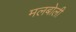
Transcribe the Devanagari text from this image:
मलबोली